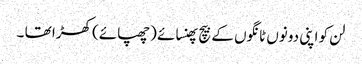
لن کو اپنی دونوں ٹانگوں کے بیچ پھنسائے (چھپائے) کھڑا تھا ۔